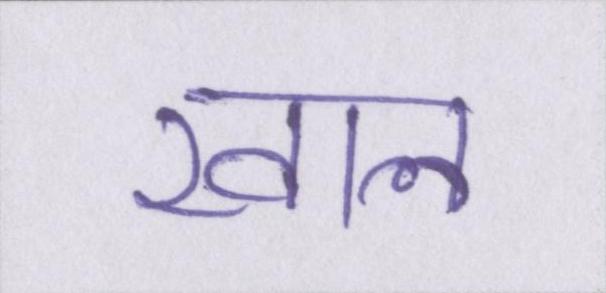
खाल